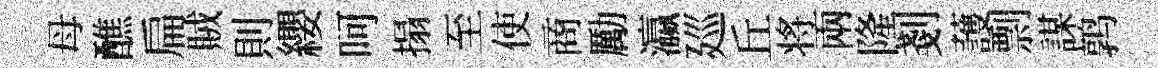
母醮扁賊則纓呵搨至使商勵瀛廵丘将兩隆剗䕶剽謀鹑